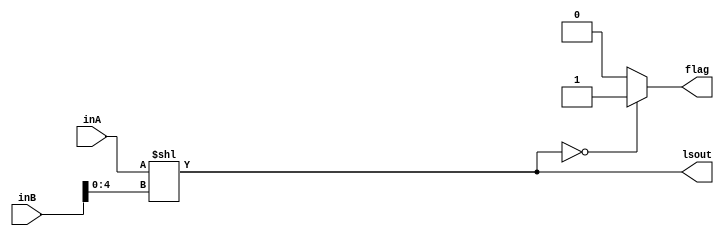
module LS(inA, inB, lsout, flag);
    input [31:0] inA;
    input [31:0] inB;
    output reg [31:0] lsout;
    output reg flag;
    
    always@(*) begin
        lsout = inA<<inB[4:0];
        if(lsout==0)
            flag = 1;
        else
            flag = 0;
    end
endmodule